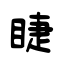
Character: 睫